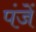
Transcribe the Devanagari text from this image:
पंजें